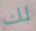
لك